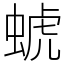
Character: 䗂